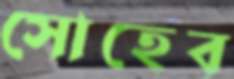
সোহেব